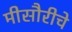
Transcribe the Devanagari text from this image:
मीसौरीचे